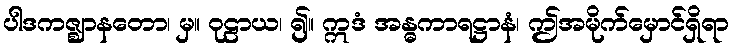
ပါဒကဇ္ဈာနတော၊ မှ။ ဝုဠာယ၊ ၍။ ဣဒံ အန္ဓကာရဋ္ဌာနံ၊ ဤအမိုက်မှောင်ရှိရာ